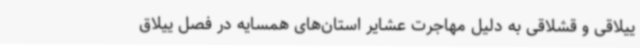
ییلاقی و قشلاقی به دلیل مهاجرت عشایر استان‌های همسایه در فصل ییلاق